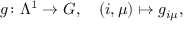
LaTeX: g \colon \Lambda ^ { 1 } \to G , \quad ( i , \mu ) \mapsto g _ { i \mu } ,